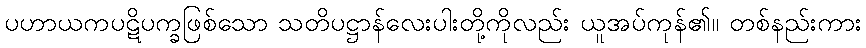
ပဟာယကပဋိပက္ခဖြစ်သော သတိပဋ္ဌာန်လေးပါးတို့ကိုလည်း ယူအပ်ကုန်၏။ တစ်နည်းကား